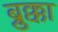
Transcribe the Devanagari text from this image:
ब्रुक्का